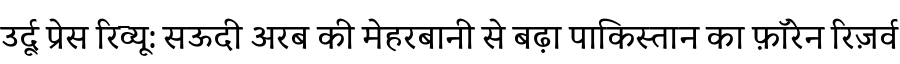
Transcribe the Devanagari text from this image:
उर्दू प्रेस रिव्यू: सऊदी अरब की मेहरबानी से बढ़ा पाकिस्तान का फ़ॉरेन रिज़र्व